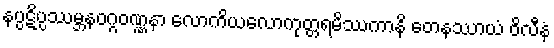
နပ္ပဋိပ္ပဿမ္ဘနဝဂ္ဂဝဏ္ဏနာ လောကိယလောကုတ္တရမိဿကာနိ တေနဿာယံ ဝိလီနံ